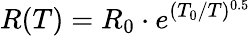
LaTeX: R(T)=R_{0}\cdot e^{(T_{0}/T)^{0.5}}